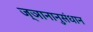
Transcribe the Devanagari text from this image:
ज्ञानानुसंधान